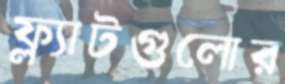
ফ্ল্যাটগুলোর